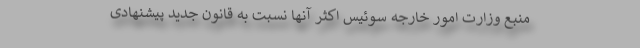
منبع وزارت امور خارجه سوئیس اکثر آنها نسبت به قانون جدید پیشنهادی